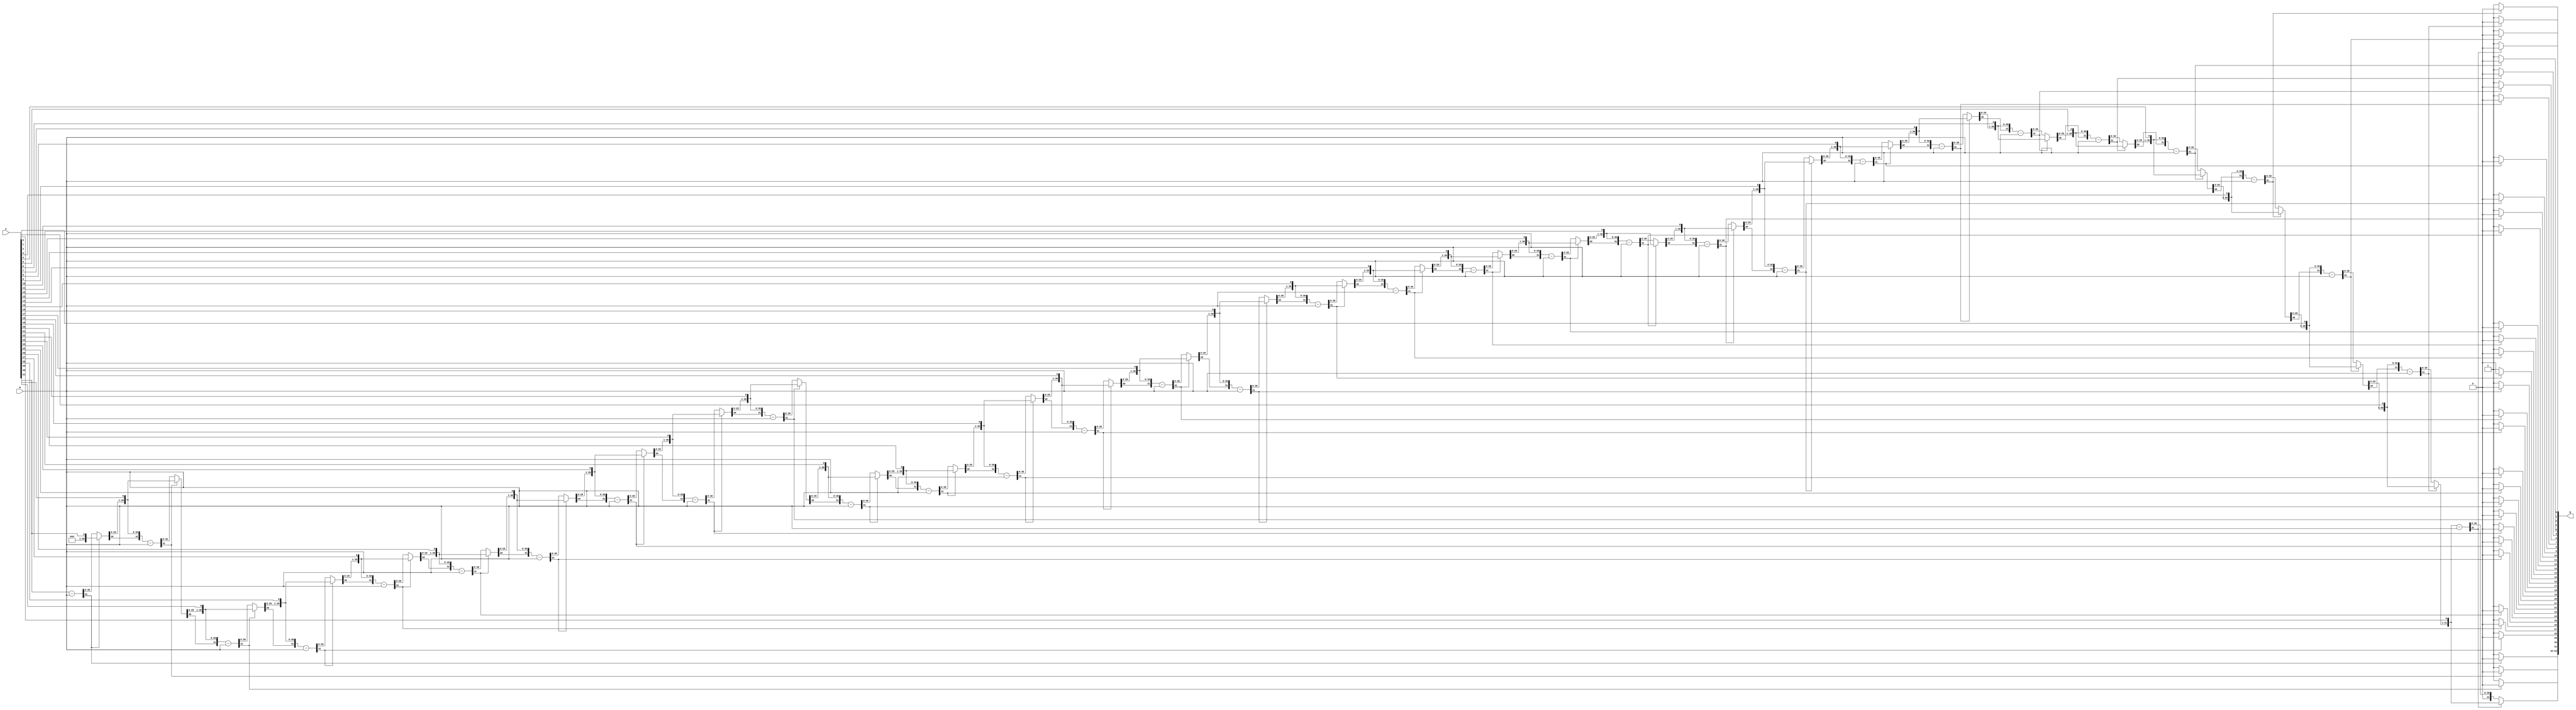
// Zuhair Shaikh and Brant Lan Li
// DIV Operation (DIV)
// ELEC374 - Digital Systems Engineering
// Department of Electrical and Computer Engineering
// Queen's University

`timescale 1ns/10ps

module div_32(
	input wire [31:0] A, M,
	output reg [63:0] Q
	);
	
	reg [31:0] temp;
	integer count;
	
	always @ (A or M) begin 
		Q = {32'b0, A};
		
		for (count = 0; count < 32; count = count + 1) begin
			Q = Q << 1;
			temp = Q[63:32];
			Q[63:32] = Q[63:32] - M;
			
			if (Q[63] == 1) begin 
				Q[0] = 0;
				Q[63:32] = temp;
			end else begin
				Q[0] = 1;
			end
		end
	end
				
endmodule